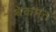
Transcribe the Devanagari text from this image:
बेकमन